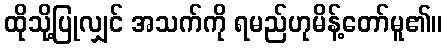
ထိုသို့ပြုလျှင် အသက်ကို ရမည်ဟုမိန့်တော်မူ၏။